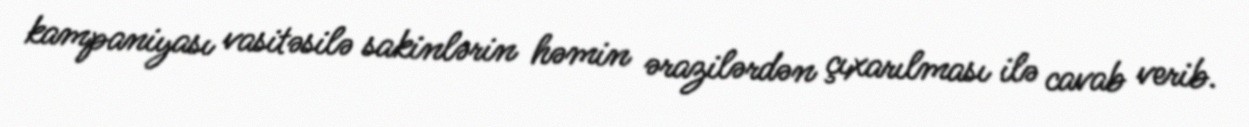
kampaniyası vasitəsilə sakinlərin həmin ərazilərdən çıxarılması ilə cavab verib.